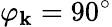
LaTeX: \varphi_{\mathbf{k}}=90^{\circ}